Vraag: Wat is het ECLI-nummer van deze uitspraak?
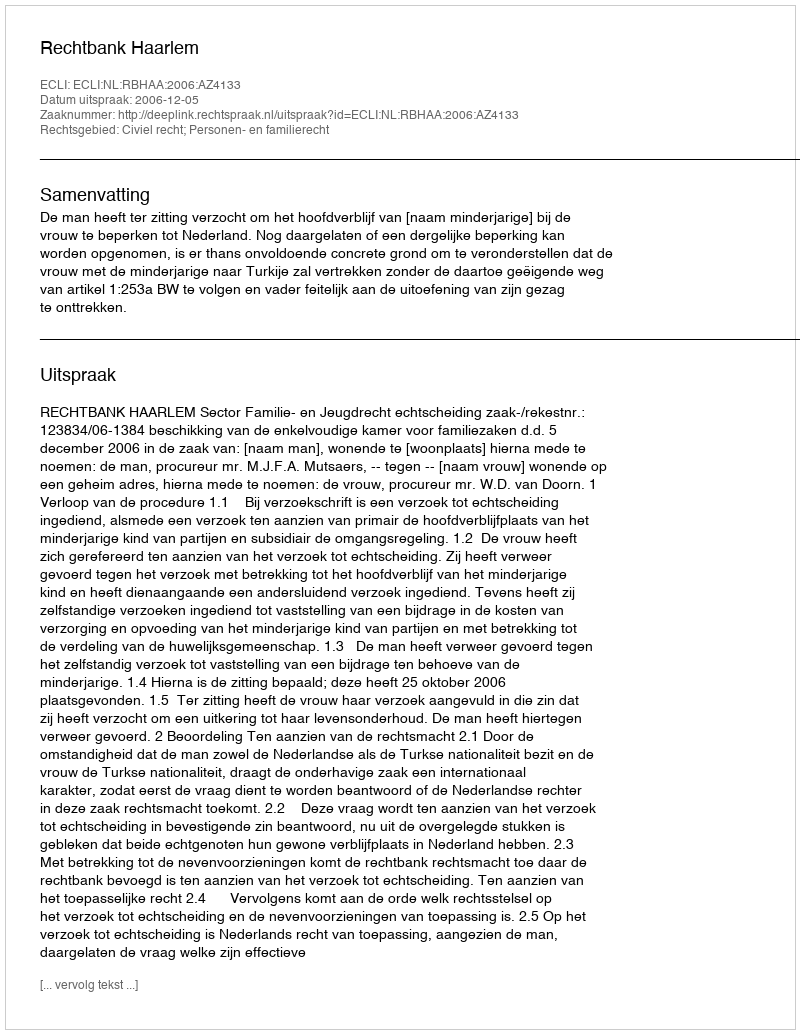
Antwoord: ECLI:NL:RBHAA:2006:AZ4133